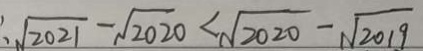
\sqrt { 2 0 2 1 } - \sqrt { 2 0 2 0 } < \sqrt { 2 0 2 0 } - \sqrt { 2 0 1 9 }